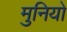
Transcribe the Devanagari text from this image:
मुनियो